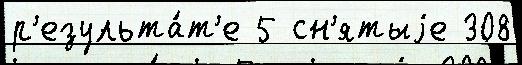
р'езульта́т'е 5 сн'ятыjе 308